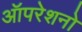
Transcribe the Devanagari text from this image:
ऑपरेशनो